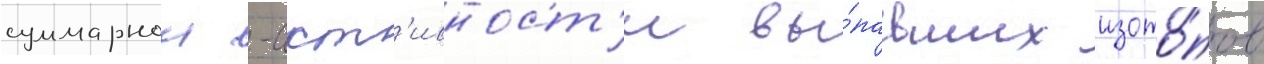
суммарнои -акт'ивност'и вы́павших изото́пов